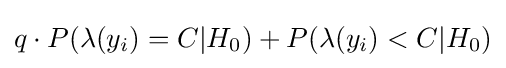
q\cdot P(\lambda (y_{i})=C|H_{0})+P(\lambda (y_{i})<C|H_{0})